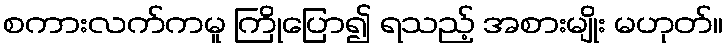
စကားလက်ကမူ ကြိုပြော၍ ရသည့် အစားမျိုး မဟုတ်။